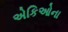
એકિઓના